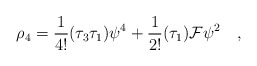
\begin{align*}\rho_4 = {\frac{1}{4!}}(\tau_3\tau_1)\psi^4 + {\frac{1}{2!}}(\tau_1){\cal{F}}\psi^2 \quad ,\end{align*}